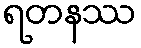
ရတနဿ